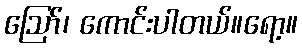
ဪ၊ ကောင်းပါတယ်။ရော့။